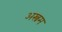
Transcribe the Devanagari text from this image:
अस्त्रम